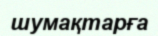
шумақтарға